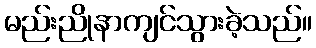
မည်းညိုနာကျင်သွားခဲ့သည်။